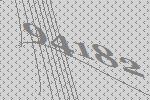
94182